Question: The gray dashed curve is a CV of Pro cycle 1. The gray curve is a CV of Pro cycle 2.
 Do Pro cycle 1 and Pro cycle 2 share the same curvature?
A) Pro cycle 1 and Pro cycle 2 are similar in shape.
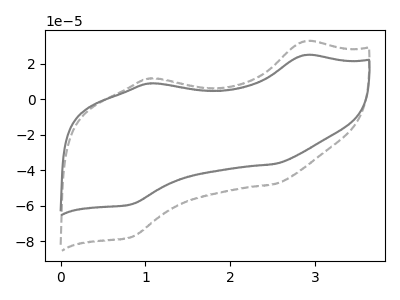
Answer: <think>The gray dashed curve "Pro cycle 1" has anodic peaks at (2.85V, 32.70uA) (1.05V, 11.75uA) and cathodic peaks at (2.50V, -47.90uA) (0.85V, -77.85uA). The gray curve "Pro cycle 2" has anodic peaks at (2.85V, 24.90uA) (1.05V, 8.95uA) and cathodic peaks at (2.50V, -36.50uA) (0.85V, -59.35uA).
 All the peaks in "Pro cycle 1" have a peak in "Pro cycle 2" at the same potential. Every peak in "Pro cycle 1" is higher than every peak in "Pro cycle 2".</think>
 <answer>A) "Pro cycle 1" and "Pro cycle 2" are similar in shape.</answer>
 <eval>A</eval>